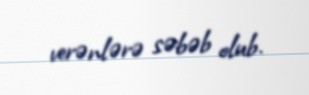
verənlərə səbəb olub.